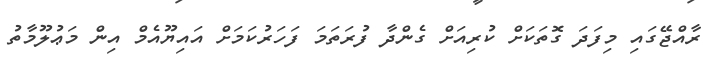
ރާއްޖޭގައި މިފަދަ ގޮތަކަށް ކުރިއަށް ގެންދާ ފުރަތަމަ ފަހަރުކަމަށް އައިޔޫއެމް އިން މަޢުލޫމާތު